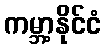
ကမ္ဘာ့နိုင်ငံ